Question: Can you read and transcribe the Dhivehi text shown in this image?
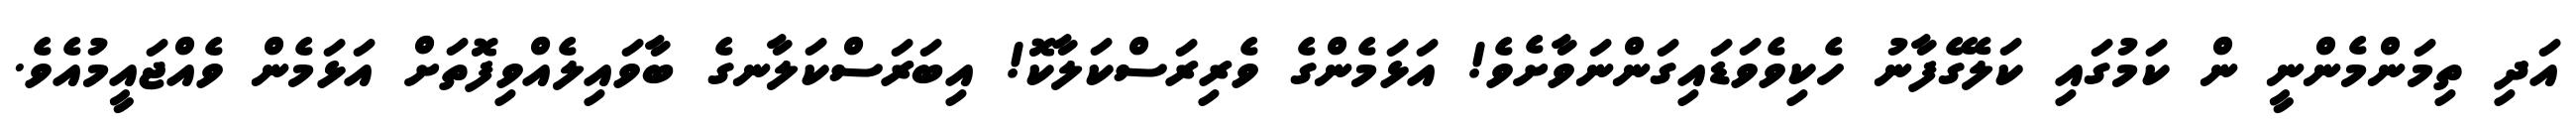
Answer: އަދި ތިމަންމެންނީ ން ކަމުގައި ކަލޭގެފާނު ހެކިވެވަޑައިގަންނަވާށެވެ! އަޅަމެންގެ ވެރިރަސްކަލާކޮ! އިބަރަސްކަލާނގެ ބާވައިލެއްވިފޮތަށް އަޅަމެން ވެއްޖައީމުއެވެ.